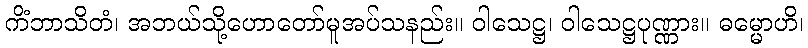
ကိံဘာသိတံ၊ အဘယ်သို့ဟောတော်မူအပ်သနည်း။ ဝါသေဋ္ဌ၊ ဝါသေဋ္ဌပုဏ္ဏား။ ဓမ္မောဟိ၊